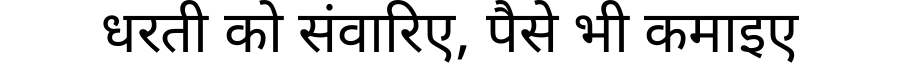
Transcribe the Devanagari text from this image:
धरती को संवारिए, पैसे भी कमाइए